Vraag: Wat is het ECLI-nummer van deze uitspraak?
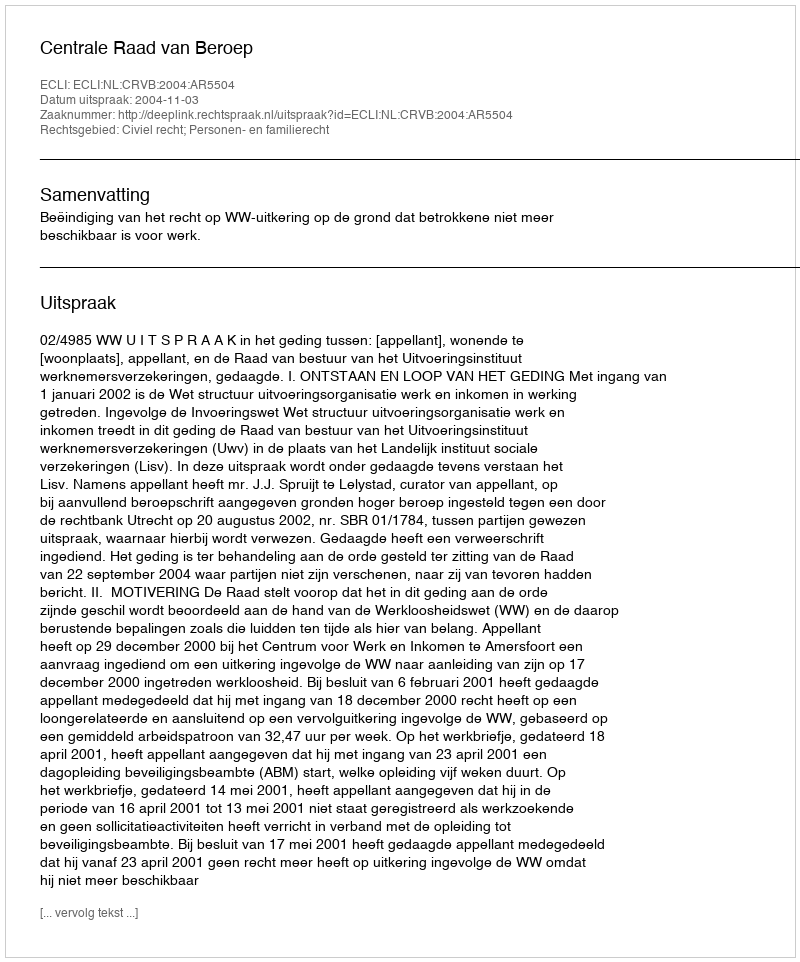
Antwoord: ECLI:NL:CRVB:2004:AR5504